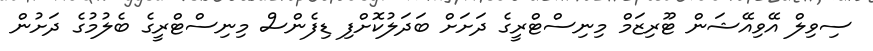
ސިވިލް އޭވިއޭޝަން ޓޫރިޒަމް މިނިސްޓްރީގެ ދަށަށް ބަދަލުކޮށްފި ޑިފެންސް މިނިސްޓްރީގެ ބެލުމުގެ ދަށުން